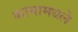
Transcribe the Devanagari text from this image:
कामामधले